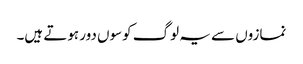
نمازوں سے یہ لوگ کوسوں دور ہوتے ہیں۔